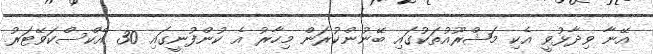
އޭނާ ވިދާޅުވީ އެކި މަޝްރޫއުތަކުގައި ބޭނުންކުރަން މިހާރު އެ ކުންފުނީގައި 30 އެކްސްކަވޭޓަރު